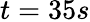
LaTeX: t=35s